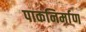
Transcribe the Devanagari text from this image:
पाकनिर्माण